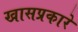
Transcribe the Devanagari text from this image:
खासप्रकारे